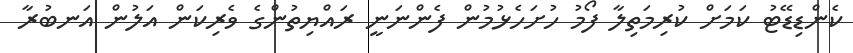
ކެންޑިޑޭޓު ކަމަށް ކުރިމަތިލާ ފޯމު ހުށަހެޅުމުން ފެންނަނީ ރައްޔިތުންގެ ވެރިކަން އަލުން އަނބުރާ